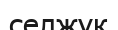
селжүк